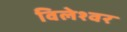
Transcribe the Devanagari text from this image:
विलेश्वर